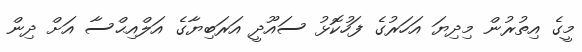
މީގެ އިތުރުން މިދިޔަ އަހަރުގެ ފަހުކޮޅު ސައޫދީ އަރަބިޔާގެ އަލްއިޙްސާ އަށް ދިން